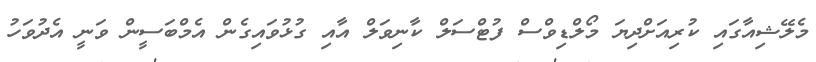
މެލޭޝިއާގައި ކުރިއަށްދިޔަ މޯލްޑިވްސް ފުޓްސަލް ކާނިވަލް އާއި ގުޅުވައިގެން އެމްބަސީން ވަނީ އެދުވަހު